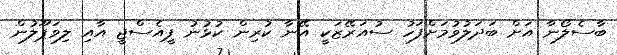
ބާސެލޯނާ އަށް ބަދަލުވުމަށްފަހު ސުއަރޭޒަކީ އޭނާ ކުރިން ކުޅުނު ޕީއެސްޖީ އާއި ލިވަޕޫލުން